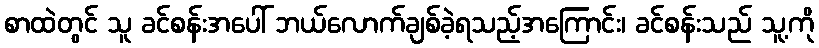
စာထဲတွင် သူ ခင်စန်းအပေါ် ဘယ်လောက်ချစ်ခဲ့ရသည့်အကြောင်း၊ ခင်စန်းသည် သူ့ကို